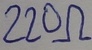
Text: 220Ω